Source: Handwritten
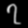
Digit: ၇ (7)